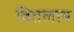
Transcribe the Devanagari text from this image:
वितलाय